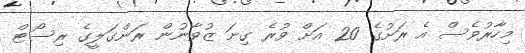
މިހާރުވެސް އެ ރަށުގެ 20 އަށް ވުރެ ގިނަ ޒުވާނުން ރަންގަލީގެ ރިސޯޓް